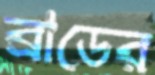
ব্রাডের